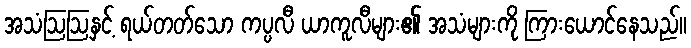
အသံဩဩနှင့် ရယ်တတ်သော ကပ္ပလီ ယာကူလီများ၏ အသံများကို ကြားယောင်နေသည်။